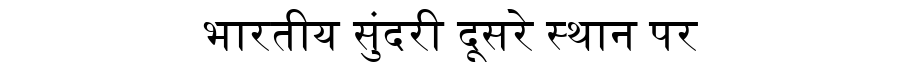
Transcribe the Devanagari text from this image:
भारतीय सुंदरी दूसरे स्थान पर